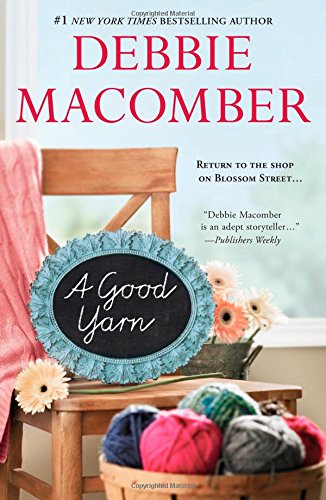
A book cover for A Good Yarn (A Blossom Street Novel); Debbie Macomber; Literature & Fiction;